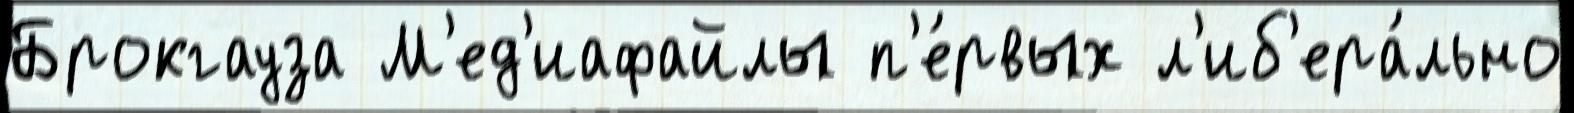
Брокгауза М'ед'иафайлы п'е́рвых л'иб'ера́льно